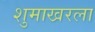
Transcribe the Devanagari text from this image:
शुमाखरला